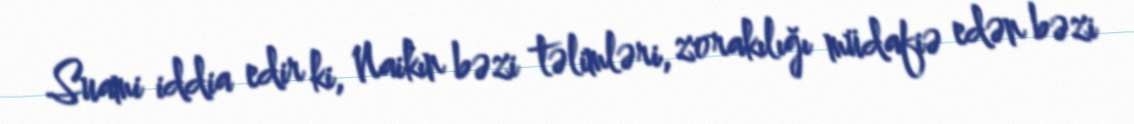
Suami iddia edir ki, Naikın bəzi təlimləri, zorakılığı müdafiə edən bəzi